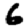
Digit: 6